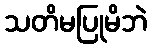
သတိမပြုမိဘဲ